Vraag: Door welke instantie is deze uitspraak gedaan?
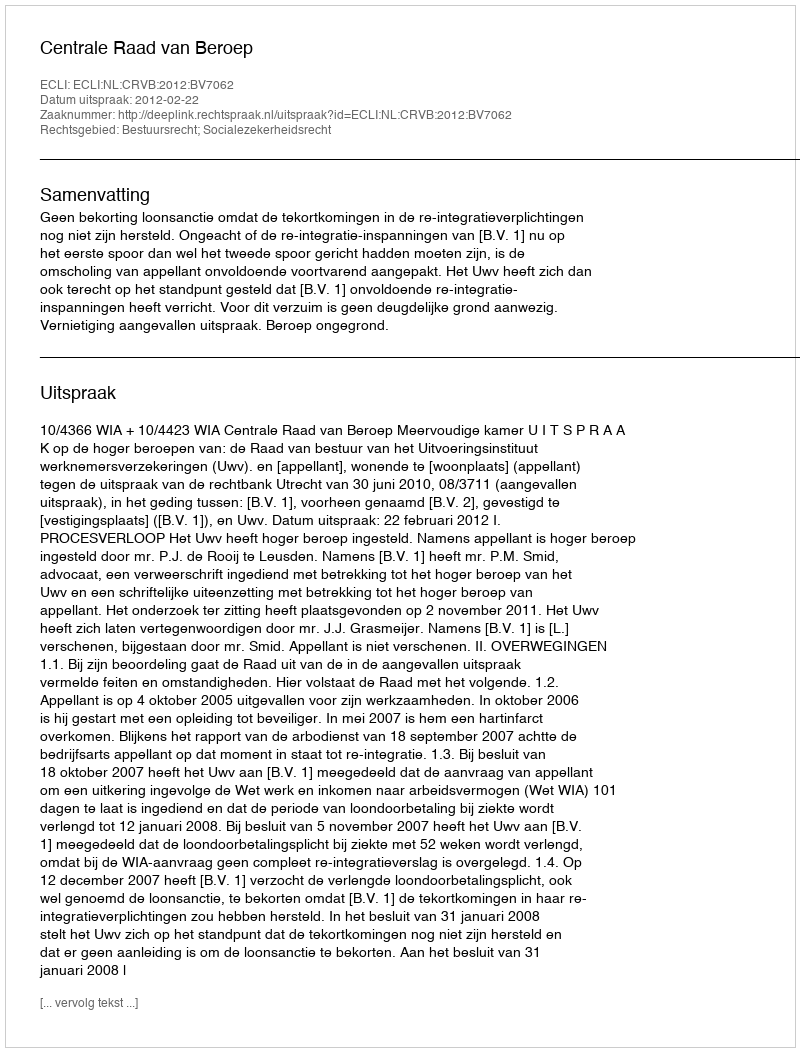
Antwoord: Centrale Raad van Beroep